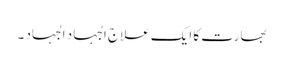
بھارت کا ایک علاج الجہاد الجہاد ۔